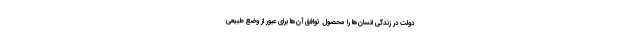
دولت در زندگی انسان‌ها را محصول توافق آن‌ها برای عبور از وضع طبیعی